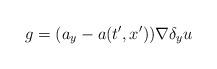
LaTeX: \begin{align*} g = (a_y - a(t', x'))\nabla \delta_y u\end{align*}